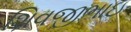
શિવજીભાઇ